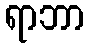
ရာဘာ